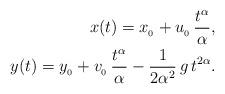
LaTeX: \begin{align*}x(t) = x_{_0}+u_{_0}\, \frac{t^\alpha}{\alpha},\\y(t) = y_{_0} + v_{_0}\, \frac{t^\alpha}{\alpha} - \frac{1}{2\alpha^2}\, g\, t^{2\alpha}.\end{align*}